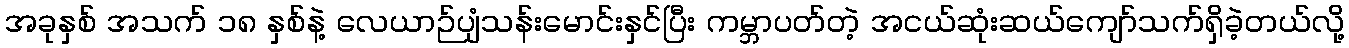
အခုနှစ် အသက် ၁၈ နှစ်နဲ့ လေယာဉ်ပျံသန်းမောင်းနှင်ပြီး ကမ္ဘာပတ်တဲ့ အငယ်ဆုံးဆယ်ကျော်သက်ရှိခဲ့တယ်လို့